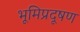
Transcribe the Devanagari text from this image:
भूमिप्रदूषण